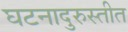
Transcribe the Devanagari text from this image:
घटनादुरुस्तीत